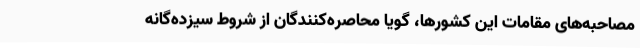
مصاحبه‌های مقامات این کشورها، گویا محاصره‌کنندگان از شروط سیزده‌گانه